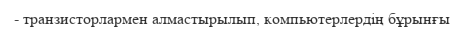
- транзисторлармен алмастырылып, компьютерлердің бұрынғы